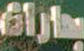
باراة